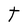
Character: t